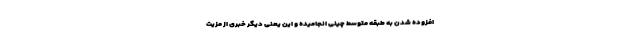
افزوده شدن به طبقه متوسط چینی انجامیده و این یعنی دیگر خبری از مزیت